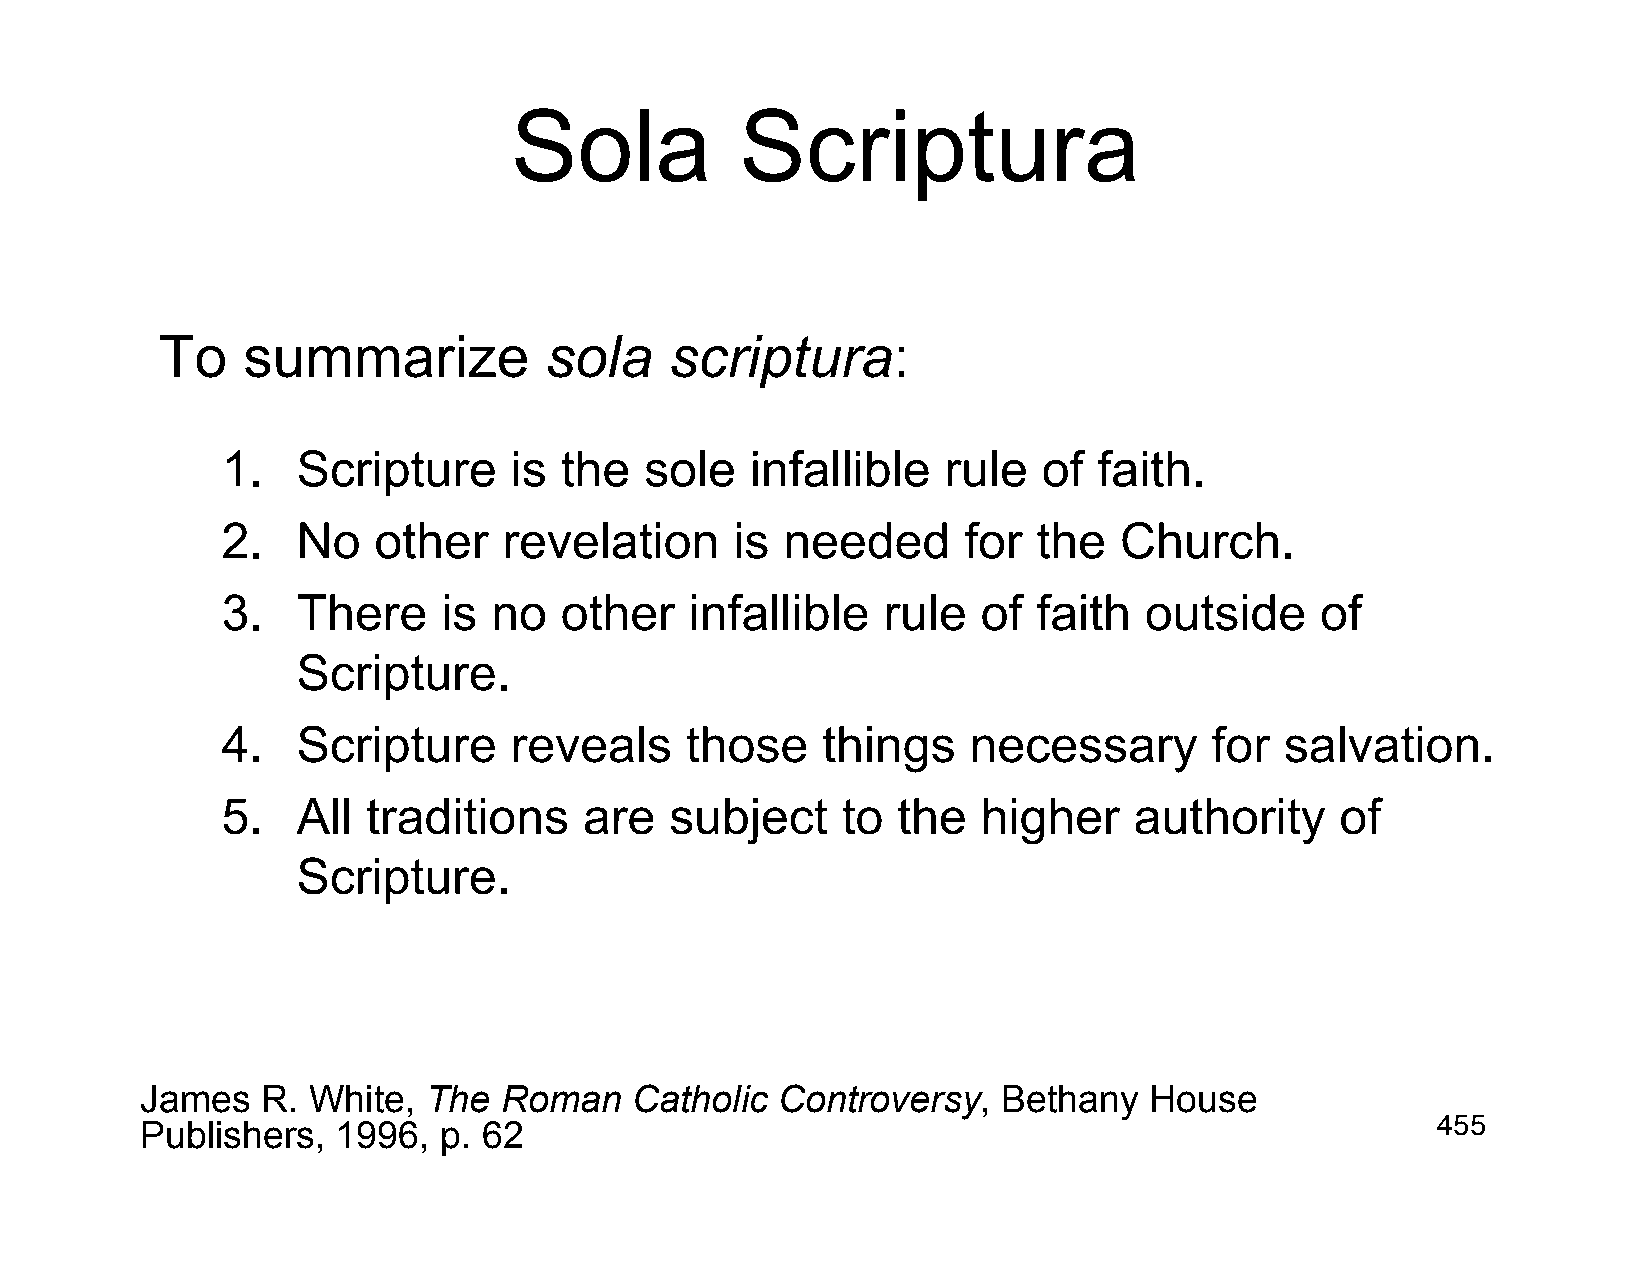
Sola           Scriptura
 To   summarize           sola    scriptura:
 1.   Scripture     is the   sole   infallible  rule   of  faith.
 2.   No   other   revelation      is needed      for  the  Church.
 3.   There    is  no  other    infallible  rule   of  faith  outside    of
 Scripture.
 4.   Scripture     reveals    those    things    necessary       for  salvation.
 5.   All traditions     are  subject     to the   higher    authority     of
 Scripture.
 James   R. White,  The  Roman    Catholic Controversy,   Bethany   House
 Publishers,  1996,  p. 62                                                             455